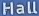
Hall